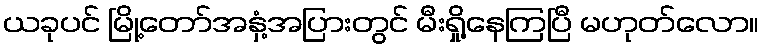
ယခုပင် မြို့တော်အနှံ့အပြားတွင် မီးရှို့နေကြပြီ မဟုတ်လော။